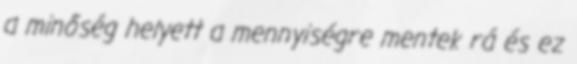
a minőség helyett a mennyiségre mentek rá és ez